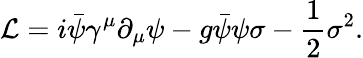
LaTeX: {\cal L}=i{\bar{\psi}}\gamma^{\mu}\partial_{\mu}\psi-g{\bar{\psi}}\psi\sigma-{\frac{1}{2}}\sigma^{2}.